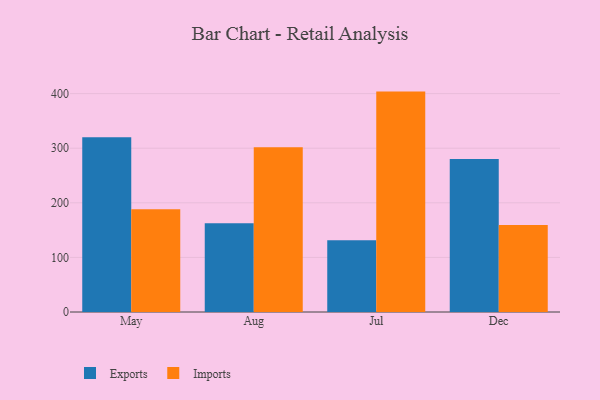
{"axis": {"x": "Month", "y": "Headcount"}, "legend": ["Exports", "Imports"], "data": [{"x": "May", "y": 320.1, "type": "Exports"}, {"x": "May", "y": 188.3, "type": "Imports"}, {"x": "Aug", "y": 162.4, "type": "Exports"}, {"x": "Aug", "y": 301.9, "type": "Imports"}, {"x": "Jul", "y": 131.3, "type": "Exports"}, {"x": "Jul", "y": 403.7, "type": "Imports"}, {"x": "Dec", "y": 280.3, "type": "Exports"}, {"x": "Dec", "y": 159.5, "type": "Imports"}]}